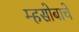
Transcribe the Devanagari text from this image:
म्हसोबाचे